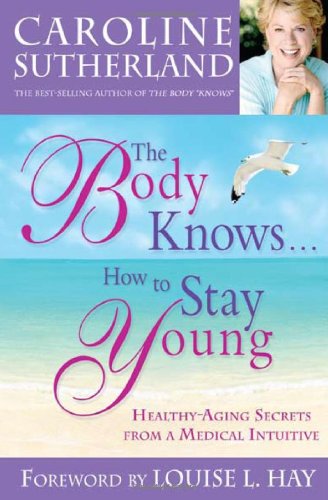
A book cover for The Body Knows... How to Stay Young: Healthy-Aging Secrets from a Medical Intuitive; Caroline Sutherland; Health, Fitness & Dieting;